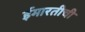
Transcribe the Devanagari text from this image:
ईमारतीची